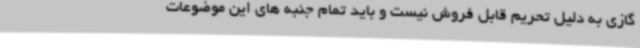
گازی به دلیل تحریم قابل فروش نیست و باید تمام جنبه های این موضوعات